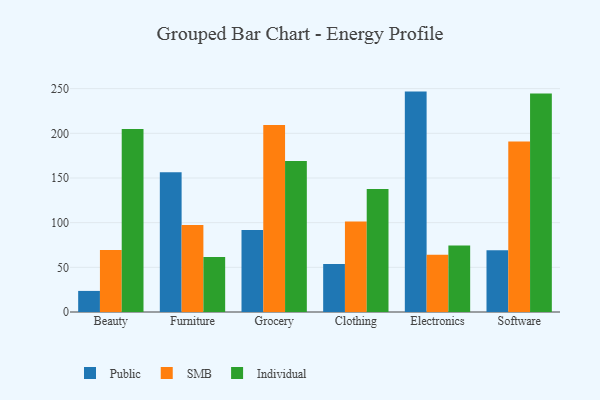
{"axis": {"x": "Category", "y": "Shipments"}, "legend": ["Individual", "Public", "SMB"], "data": [{"x": "Beauty", "y": 23.6, "type": "Public"}, {"x": "Beauty", "y": 69.3, "type": "SMB"}, {"x": "Beauty", "y": 204.7, "type": "Individual"}, {"x": "Furniture", "y": 156.3, "type": "Public"}, {"x": "Furniture", "y": 97.5, "type": "SMB"}, {"x": "Furniture", "y": 61.6, "type": "Individual"}, {"x": "Grocery", "y": 91.8, "type": "Public"}, {"x": "Grocery", "y": 209.4, "type": "SMB"}, {"x": "Grocery", "y": 168.9, "type": "Individual"}, {"x": "Clothing", "y": 53.8, "type": "Public"}, {"x": "Clothing", "y": 101.3, "type": "SMB"}, {"x": "Clothing", "y": 137.8, "type": "Individual"}, {"x": "Electronics", "y": 246.7, "type": "Public"}, {"x": "Electronics", "y": 64.1, "type": "SMB"}, {"x": "Electronics", "y": 74.3, "type": "Individual"}, {"x": "Software", "y": 69.2, "type": "Public"}, {"x": "Software", "y": 190.9, "type": "SMB"}, {"x": "Software", "y": 244.6, "type": "Individual"}]}